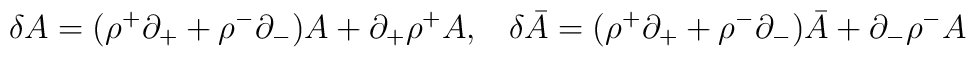
\delta A=(\rho^+\partial_+ + \rho^-\partial_-)A + \partial_+\rho^+A,\hskip 10pt\delta \bar A=(\rho^+\partial_+ + \rho^-\partial_-)\bar A   + \partial_-\rho^-A